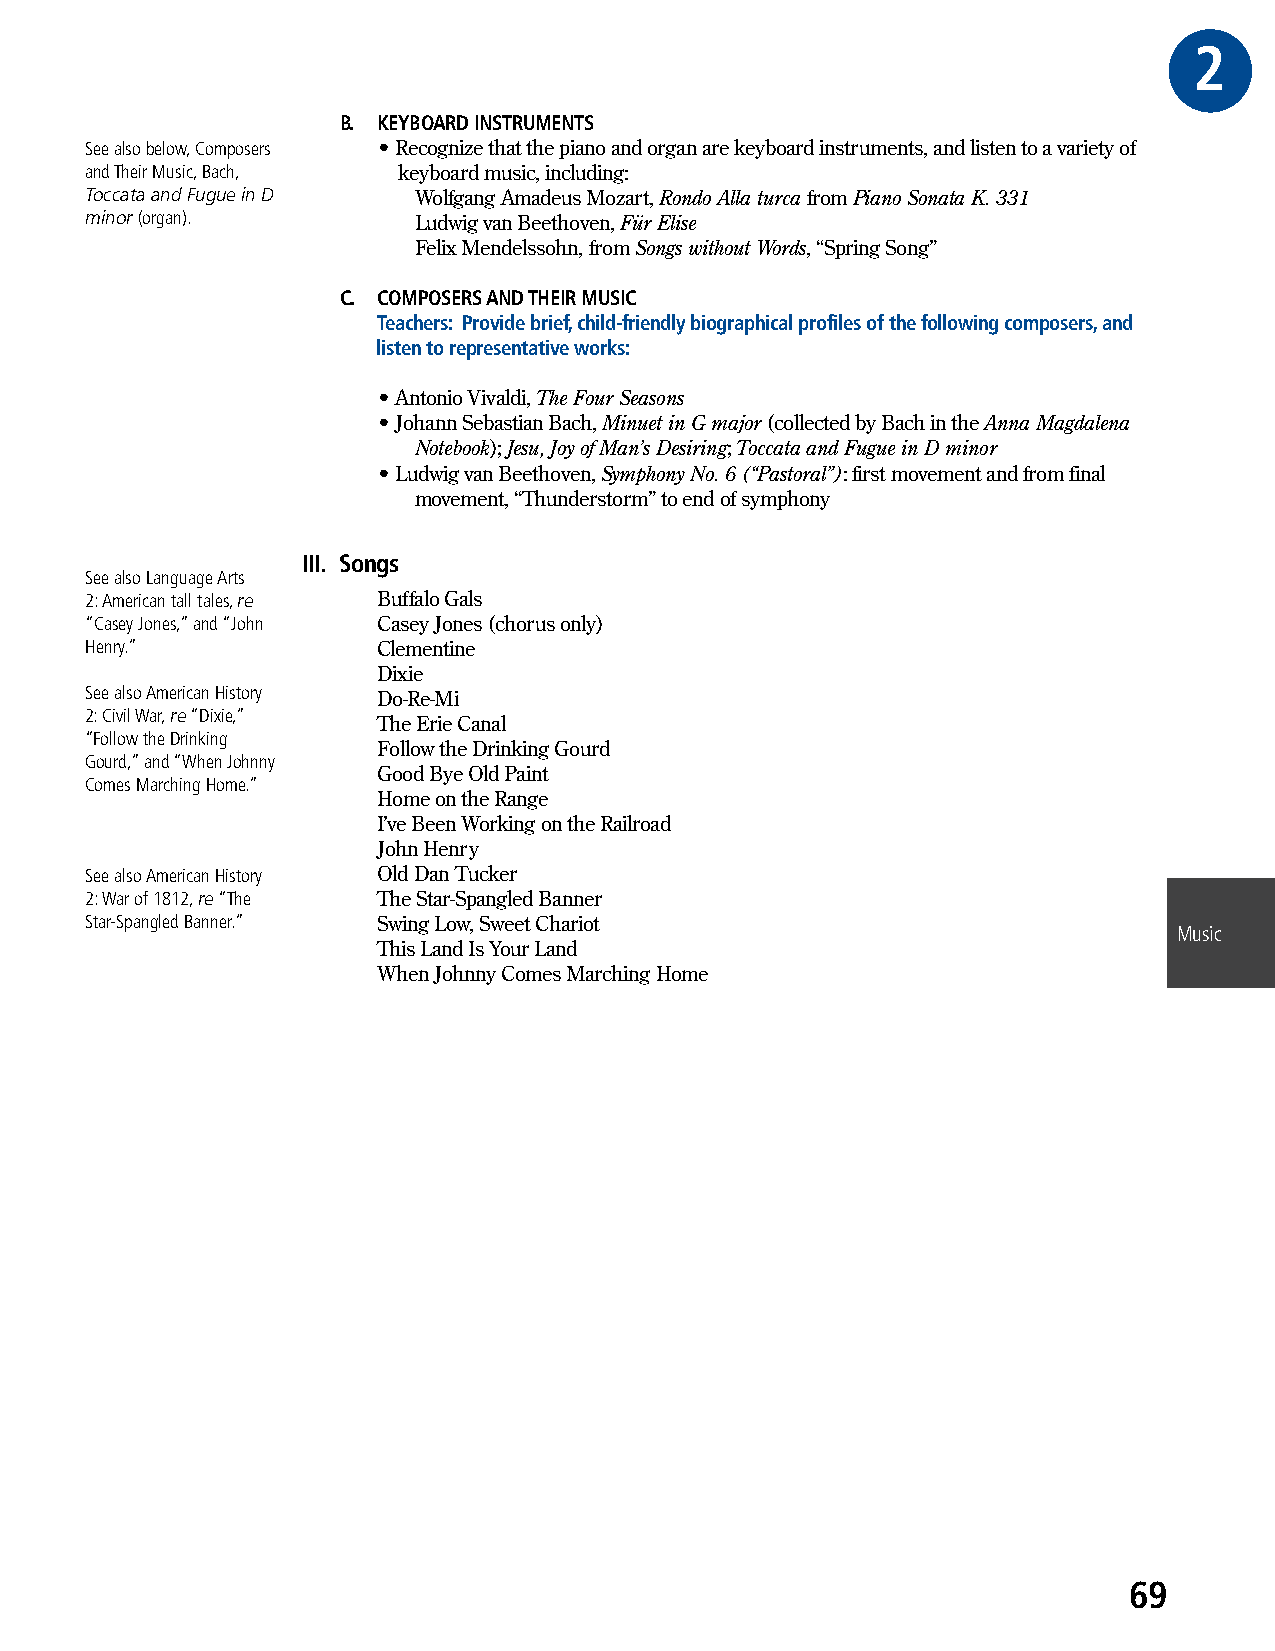
2GE
 B. KEYBOARD INSTRUMENTS
 See also below, Composers • Recognize that the piano and organ are keyboard instruments, and listen to a variety of
 and Their Music, Bach, keyboard music, including:
 Toccata and Fugue in D Wolfgang Amadeus Mozart, Rondo Alla turca from Piano Sonata K. 331
 minor (organ).       Ludwig van Beethoven, Für Elise
 Felix Mendelssohn, from Songs without Words, “Spring Song”
 C. COMPOSERS AND THEIR MUSIC
 Teachers: Provide brief, child-friendly biographical profiles of the following composers, and
 listen to representative works:
 • Antonio Vivaldi, The Four Seasons
 • Johann Sebastian Bach, Minuet in G major (collected by Bach in the Anna Magdalena
 Notebook); Jesu, Joy of Man’s Desiring; Toccata and Fugue in D minor
 • Ludwig van Beethoven, Symphony No. 6 (“Pastoral”): first movement and from final
 movement, “Thunderstorm” to end of symphony
 III. Songs
 See also Language Arts
 2: American tall tales, re Buffalo Gals
 “Casey Jones,” and “John Casey Jones (chorus only)
 Henry.”            Clementine
 Dixie
 See also American History Do-Re-Mi
 2: Civil War, re “Dixie,”
 The Erie Canal
 “Follow the Drinking
 Follow the Drinking Gourd
 Gourd,” and “When Johnny
 Good Bye Old Paint
 Comes Marching Home.”
 Home on the Range
 I’ve Been Working on the Railroad
 John Henry
 See also American History Old Dan Tucker
 2: War of 1812, re “The The Star-Spangled Banner
 Star-Spangled Banner.” Swing Low, Sweet Chariot
 Music
 This Land Is Your Land
 When Johnny Comes Marching Home
 69